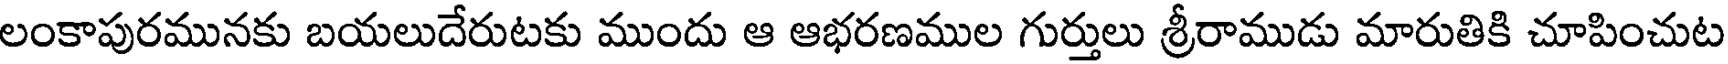
లంకాపురమునకు బయలుదేరుటకు ముందు ఆ ఆభరణముల గుర్తులు శ్రీరాముడు మారుతికి చూపించుట